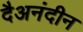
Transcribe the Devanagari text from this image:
दैअनंदीन